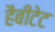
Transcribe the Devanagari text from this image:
हैबीटेट